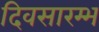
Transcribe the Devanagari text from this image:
दिवसारम्भ